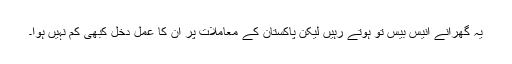
یہ گھرانے انیس بیس تو ہوتے رہیں لیکن پاکستان کے معاملات پر ان کا عمل دخل کبھی کم نہیں ہوا۔